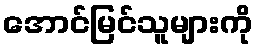
အောင်မြင်သူများကို